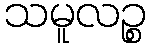
သမူလဉ္စ